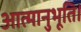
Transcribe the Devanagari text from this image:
आत्मानुभूति।